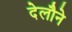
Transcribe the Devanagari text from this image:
देलौने